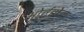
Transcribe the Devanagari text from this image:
ओर्टमैन